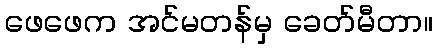
ဖေဖေက အင်မတန်မှ ခေတ်မီတာ။